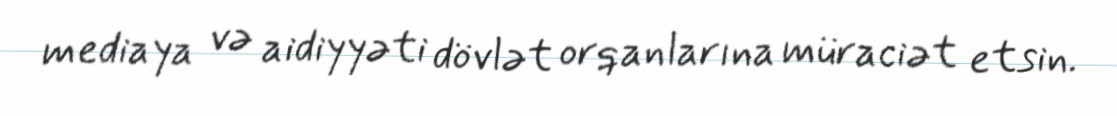
mediaya və aidiyyəti dövlət orqanlarına müraciət etsin.